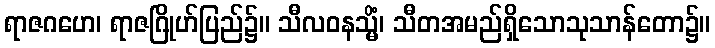
ရာဇဂဟေ၊ ရာဇဂြိုဟ်ပြည်၌။ သီလဝနသ္မိံ၊ သီတအမည်ရှိသောသုသာန်တော၌။